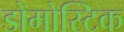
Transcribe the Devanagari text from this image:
डोमोस्टिक